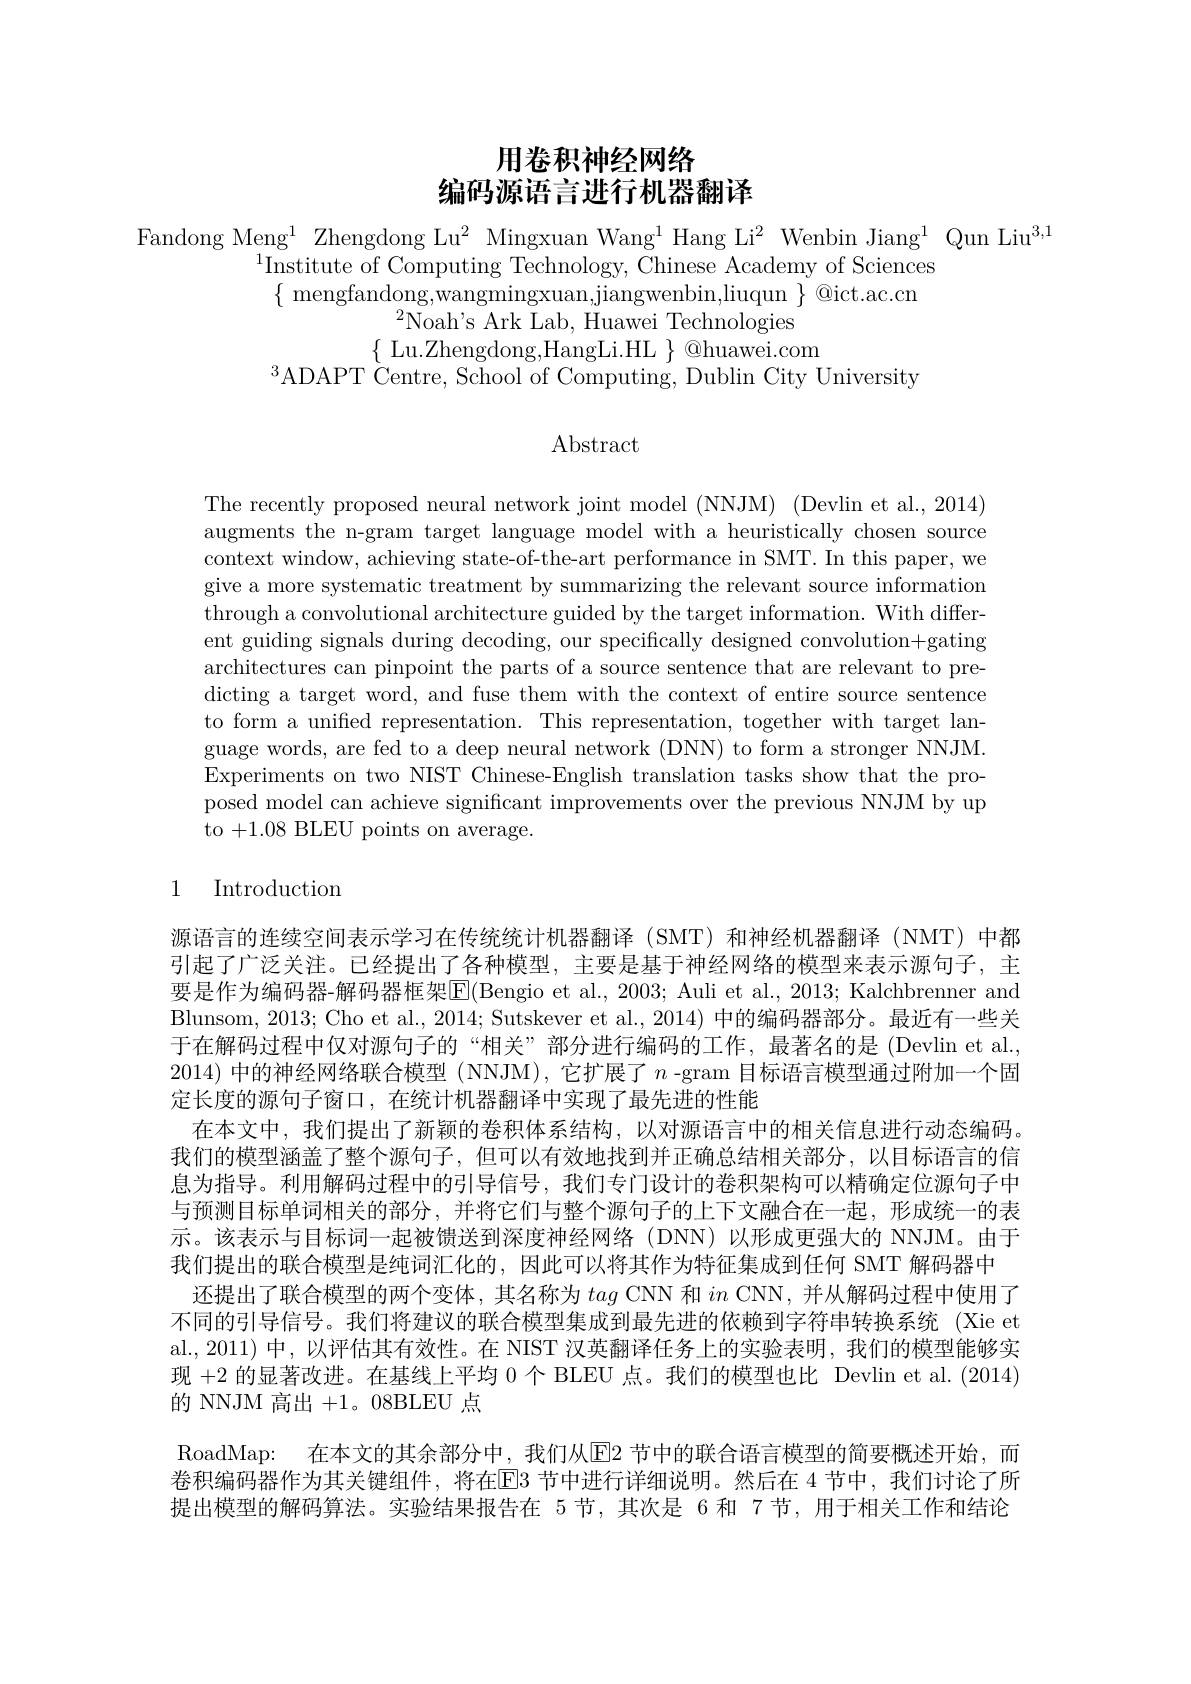
# 用卷积神经网络编码源语言进行机器翻译

Fandong Meng$^1$ Zhengdong Lu$^2$ Mingxuan Wang$^1$ Hang Li$^2$ Wenbin Jiang$^1$ Qun Liu$^3,1$
$^{1}$Institute of Computing Technology, Chinese Academy of Sciences $\{$mengfandong,wangmingxuan,jiangwenbin,liuqun$\}$@ict.ac.cn
$^{2}$Noah's Ark Lab, Huawei Technologies
$\{$Lu.Zhengdong,HangLi.HL$\}\otimes$huawei.com
$^{3}$ADAPT Čentre, School of Computing, Dublin City University

$\operatorname{Abstract}$

The recently proposed neural network joint model (NNJM) (Devlin et al., 2014) augments the n-gram target language model with a heuristically chosen source context window, achieving state-of-the-art performance in SMT. In this paper, we give a more systematic treatment by summarizing the relevant source information through a convolutional architecture guided by the target information. With different guiding signals during decoding, our specifically designed convolution+gating architectures can pinpoint the parts of a source sentence that are relevant to predicting a target word, and fuse them with the context of entire source sentence to form a unified representation. This representation, together with target language words, are fed to a deep neural network (DNN) to form a stronger NNJM. Experiments on two NIST Chinese-English translation tasks show that the proposed model can achieve significant improvements over the previous NNJM by up to +1.08 BLEU points on average.

## 1 Introduction

源语言的连续空间表示学习在传统统计机器翻译 (SMT) 和神经机器翻译 (NMT) 中都引起了广泛关注。已经提出了各种模型，主要是基于神经网络的模型来表示源句子，主要是作为编码器-解码器框架$\boxed{\mathrm{E}}($Bengio et al., 2003; Auli et al., 2013; Kalchbrenner and Blunsom, 2013; Cho et al., 2014; Sutskever et al., 2014) 中的编码器部分。最近有一些关于在解码过程中仅对源句子的“相关””部分进行编码的工作，最著名的是 (Devlin et al., 2014)中的神经网络联合模型 (NNJM), 它扩展了$n$ -gram 目标语言模型通过附加一个固定长度的源句子窗口，在统计机器翻译中实现了最先进的性能
在本文中，我们提出了新颖的卷积体系结构，以对源语言中的相关信息进行动态编码。我们的模型涵盖了整个源句子，但可以有效地找到并正确总结相关部分，以目标语言的信息为指导。利用解码过程中的引导信号，我们专门设计的卷积架构可以精确定位源句子中与预测目标单词相关的部分，并将它们与整个源句子的上下文融合在一起，形成统一的表示。该表示与目标词一起被馈送到深度神经网络(DNN)以形成更强大的 NNJM。由于我们提出的联合模型是纯词汇化的，因此可以将其作为特征集成到任何 SMT 解码器中
还提出了联合模型的两个变体，其名称为tag CNN 和$in$ CNN, 并从解码过程中使用了不同的引导信号。我们将建议的联合模型集成到最先进的依赖到字符串转换系统 (Xie et al.,2011) 中，以评估其有效性。在 NIST 汉英翻译任务上的实验表明，我们的模型能够实现+2的显著改进。在基线上平均 0 个 BLEU 点。我们的模型也比 Devlin et al. (2014) 的 NNJM 高出+1。08BLEU 点
RoadMap: 在本文的其余部分中，我们从$\overline{\mathrm{E}}$2 节中的联合语言模型的简要概述开始，而卷积编码器作为其关键组件，将在$\overline{\mathrm{E}}3$ 节中进行详细说明。然后在 4 节中，我们讨论了所提出模型的解码算法。实验结果报告在 5节，其次是 6 和 7节，用于相关工作和结论